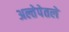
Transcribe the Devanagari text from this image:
अल्तेपेतले